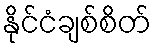
နိုင်ငံချစ်စိတ်